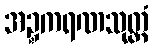
အဍ္ဍကရဏသုတ္တံ